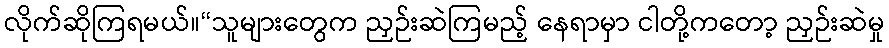
လိုက်ဆိုကြရမယ်။“သူများတွေက ညှဉ်းဆဲကြမည့် နေရာမှာ ငါတို့ကတော့ ညှဉ်းဆဲမှု